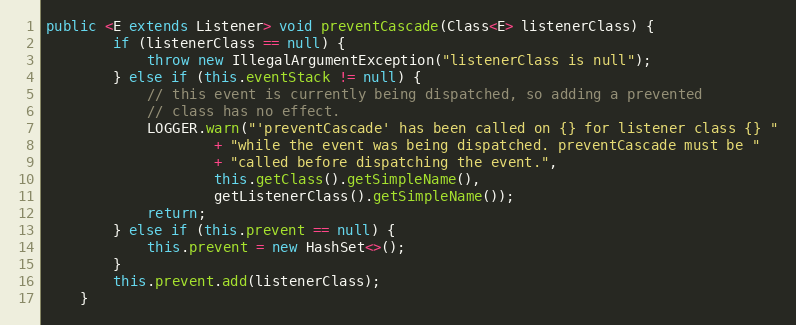
Language: Java
public <E extends Listener> void preventCascade(Class<E> listenerClass) {
        if (listenerClass == null) {
            throw new IllegalArgumentException("listenerClass is null");
        } else if (this.eventStack != null) {
            // this event is currently being dispatched, so adding a prevented
            // class has no effect.
            LOGGER.warn("'preventCascade' has been called on {} for listener class {} "
                    + "while the event was being dispatched. preventCascade must be "
                    + "called before dispatching the event.",
                    this.getClass().getSimpleName(),
                    getListenerClass().getSimpleName());
            return;
        } else if (this.prevent == null) {
            this.prevent = new HashSet<>();
        }
        this.prevent.add(listenerClass);
    }